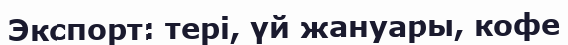
Экспорт: тері, үй жануары, кофе